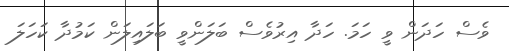
ވެސް ހަދަން ވީ ހަމަ. ހަދާ އިރުވެސް ބަލަންވީ ބަލައިލަން ކަމުދާ ކަހަލަ